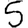
Digit: 5